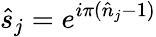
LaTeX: \hat{s}_{j}=e^{i\pi(\hat{n}_{j}-1)}